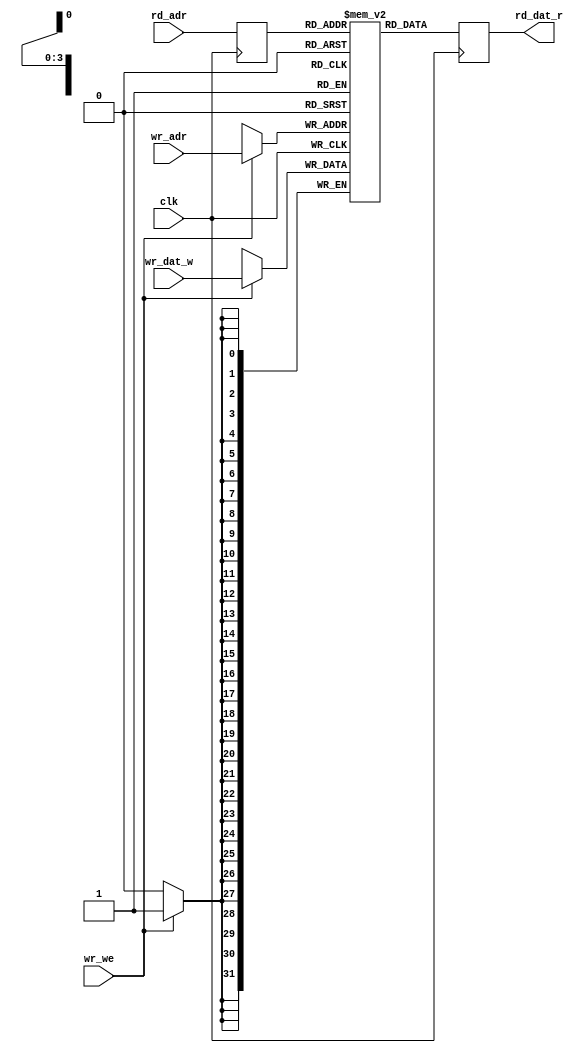
// This program was cloned from: https://github.com/enjoy-digital/usb3_pipe
// License: BSD 2-Clause "Simplified" License

// 16x32b ram (1 write / 1 read / 1 clock)
// read latency: 2 clocks

module usb3_ep0in_ram(
	input clk,
	input wr_we,
	input [3:0] wr_adr,
	input [31:0] wr_dat_w,
	input [3:0] rd_adr,
	output reg [31:0] rd_dat_r

);

reg [31:0] mem[0:15];
reg [3:0] rd_adr_i;
always @(posedge clk) begin
	if (wr_we)
		mem[wr_adr] <= wr_dat_w;
end

always @(posedge clk) begin
	rd_adr_i <= rd_adr;
	rd_dat_r = mem[rd_adr_i];
end

endmodule